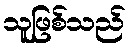
သူဖြစ်သည်